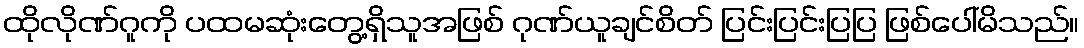
ထိုလိုဏ်ဂူကို ပထမဆုံးတွေ့ရှိသူအဖြစ် ဂုဏ်ယူချင်စိတ် ပြင်းပြင်းပြပြ ဖြစ်ပေါ်မိသည်။